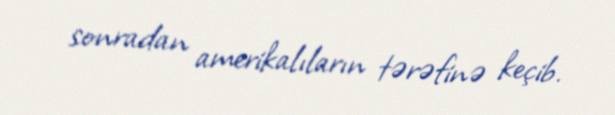
sonradan amerikalıların tərəfinə keçib.